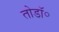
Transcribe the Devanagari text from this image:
तोडॉ॰